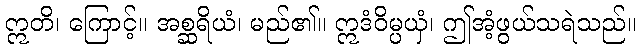
ဣတိ၊ ကြောင့်။ အစ္ဆရိယံ၊ မည်၏။ ဣဒံဝိမ္ပယှံ၊ ဤအံ့ဖွယ်သရဲသည်။